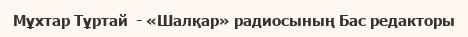
Мұхтар Тұртай  - «Шалқар» радиосының Бас редакторы